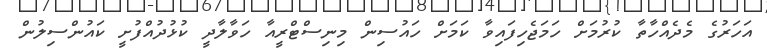
އަހަރުގެ މެދެއްހާތާ ކުރުމަށް ހަމަޖެހިފައިވާ ކަމަށް ހައުސިން މިނިސްޓްރީއާ ހަވާލާދީ ކުޅުދުއްފުށީ ކައުންސިލުން